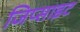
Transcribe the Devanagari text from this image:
जिप्साइट